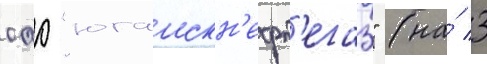
оао "юганскн'ефт'егаз" (на́ 3